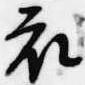
衣